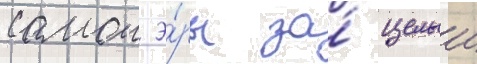
самои э́ры за́ целыи